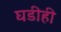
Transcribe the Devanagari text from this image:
घडीही